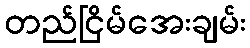
တည်ငြိမ်အေးချမ်း